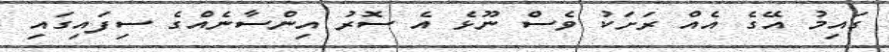
ގައިމު އޭގެ އެއް ރަށަކު ވެސް ނޫޅެ އެ ސޮރު އިންސާނެއްގެ ސިފައިގައި